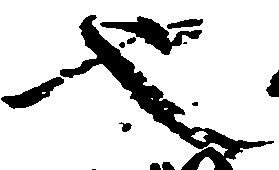
也